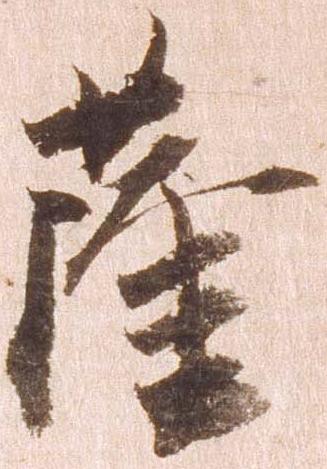
薩